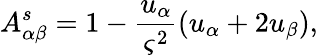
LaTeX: A_{\alpha\beta}^{s}=1-\frac{u_{\alpha}}{\varsigma^{2}}(u_{\alpha}+2u_{\beta}),